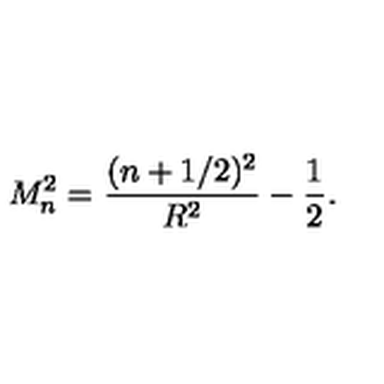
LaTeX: M _ { n } ^ { 2 } = \frac { ( n + 1 / 2 ) ^ { 2 } } { R ^ { 2 } } - \frac { 1 } { 2 } .